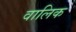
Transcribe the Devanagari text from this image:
वालिक